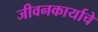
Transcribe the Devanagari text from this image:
जीवनकार्याचे